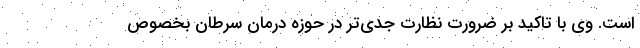
است. وی با تاکید بر ضرورت نظارت جدی‌تر در حوزه درمان سرطان بخصوص